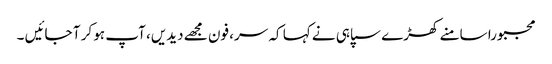
مجبورا سامنے کھڑے سپاہی نے کہا کہ سر، فون مجھے دیدیں، آپ ہو کر آ جائیں ۔